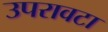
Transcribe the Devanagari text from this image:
उपरावटा